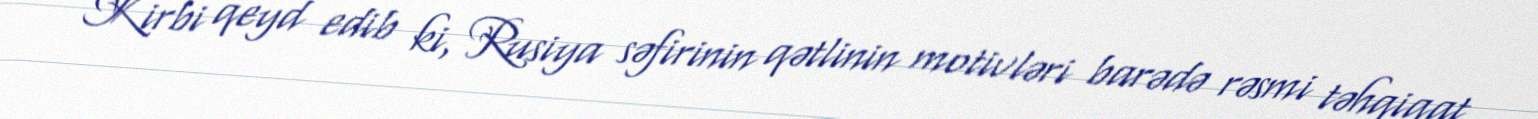
Kirbi qeyd edib ki, Rusiya səfirinin qətlinin motivləri barədə rəsmi təhqiqat